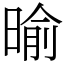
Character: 𣈥